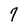
Character: 7